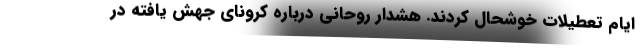
ایام تعطیلات خوشحال کردند. هشدار روحانی درباره کرونای جهش یافته در